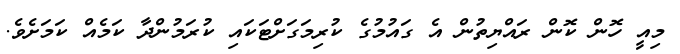
މިއީ ހޮން ކޮން ރައްޔިތުން އެ ގައުމުގެ ކުރިމަގަށްޓަކައި ކުރަމުންދާ ކަމެއް ކަމަށެވެ.